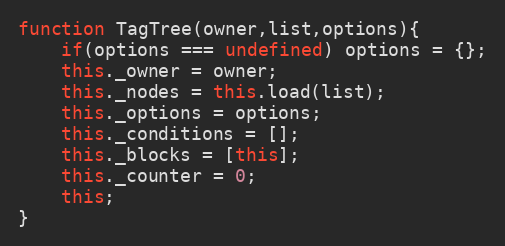
Language: JavaScript
function TagTree(owner,list,options){
	if(options === undefined) options = {};
	this._owner = owner;
	this._nodes = this.load(list);
	this._options = options;
	this._conditions = [];
	this._blocks = [this];
	this._counter = 0;
	this;
}